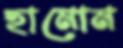
হামোম